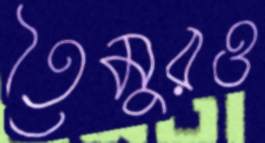
তৈমুরও